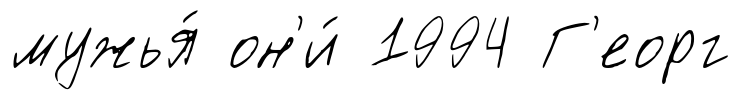
мужья́ он'и́ 1994 Г'еорг